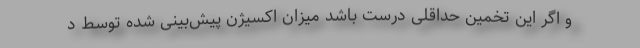
و اگر این تخمین حداقلی درست باشد میزان اکسیژن پیش‌بینی شده توسط د